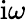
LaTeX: \mathrm{i}\omega